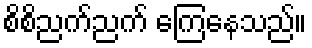
စိစိညက်ညက် ကြေနေသည်။